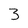
Character: 3